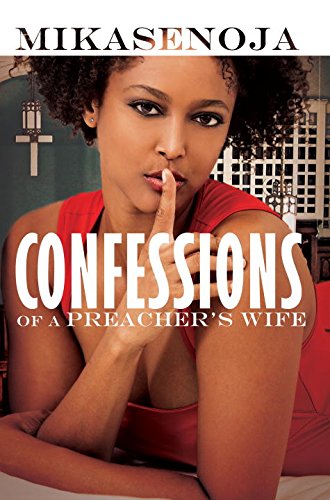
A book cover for Confessions of a Preachers Wife (Urban Christian); Mikasenoja; Literature & Fiction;